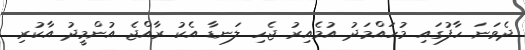
ދެވަނަ ހާފުގައި މުހައްމަދު އުމެއިރު ޖެހި ލަނޑާ އެކު ރާއްޖެ އުންމީދު އާކުރި